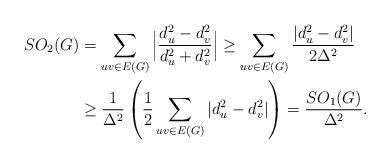
LaTeX: \begin{align*}SO_2(G) &= \sum_{uv\in E(G)}\Big| \frac{d_u^2-d_v^2}{d_u^2+d_v^2} \Big|\geq \sum_{uv\in E(G)} \frac{|d_u^2-d_v^2|}{2\Delta^2} \\&\geq \frac{1}{\Delta^2}\left( \frac{1}{2}\sum_{uv\in E(G)} |d_u^2-d_v^2| \right)= \frac{SO_1(G)}{\Delta^2} .\end{align*}